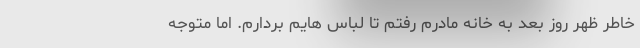
خاطر ظهر روز بعد به خانه مادرم رفتم تا لباس هایم بردارم. اما متوجه